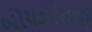
બોયઝોનથી